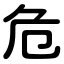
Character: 危